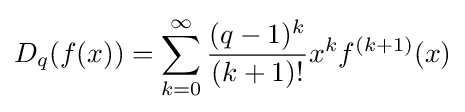
\displaystyle D_{q}(f(x))=\sum _{k=0}^{\infty }{\frac {(q-1)^{k}}{(k+1)!}}x^{k}f^{(k+1)}(x)